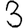
Digit: 3